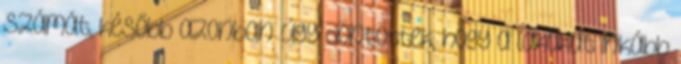
számát, később azonban úgy döntöttek, hogy a lakókat inkább